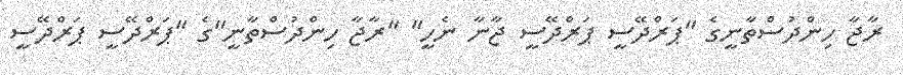
ރާޖާ ހިންދުސްތާނީގެ "ޕަރްދޭސީ ޕަރްދޭސީ ޖާނާ ނެހީ" "ރާޖާ ހިންދުސްތާނީ"ގެ "ޕަރްދޭސީ ޕަރްދޭސީ